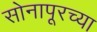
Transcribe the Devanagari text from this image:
सोनापूरच्या